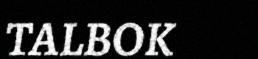
TALBOK